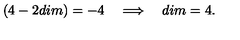
( 4 - 2 d i m ) = - 4 \quad \Longrightarrow \quad d i m = 4 .